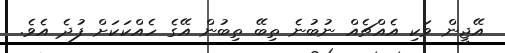
އޭޖީން ވަކި އެއްޗެއް ނުބުނެ ތިބޭ ތިބުން އޭގެ ހެއްކަކަށް ފުދެ އެވެ.